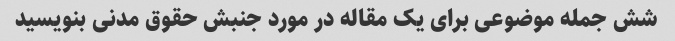
شش جمله موضوعی برای یک مقاله در مورد جنبش حقوق مدنی بنویسید